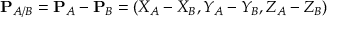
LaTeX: \mathbf { P } _ { A / B } = \mathbf { P } _ { A } - \mathbf { P } _ { B } = \left( X _ { A } - X _ { B } , Y _ { A } - Y _ { B } , Z _ { A } - Z _ { B } \right)